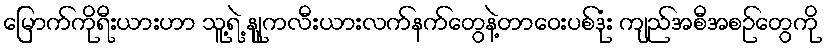
မြောက်ကိုရီးယားဟာ သူ့ရဲ့ နျူကလီးယားလက်နက်တွေနဲ့တာဝေးပစ်ဒုံး ကျည်အစီအစဉ်တွေကို